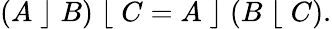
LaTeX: (A\; \rfloor\; B)\; \lfloor\; C=A\; \rfloor\; (B\; \lfloor\; C).